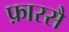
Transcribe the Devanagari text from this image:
फ़ारसै